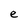
Character: e